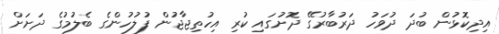
އިދިކޮޅުން ބުދަ ދުވަހު ދަރުބާރުގޭ ދޮށުގައި ކުރި އިހުތިޖާޖުން ފުލުހުންގެ ބެލުމުގެ ދަށަށް